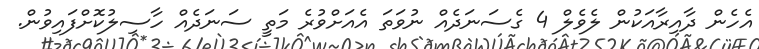
އެހެން ދާއިރާއަކުން ލެވެލް 4 ގެސަނަދެއް ނުވަތަ އެއަށްވުރެ މަތީ ސަނަދެއް ހާސިލުކޮށްފައިވުން.